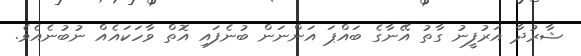
ޝާރުދާ އަރުފީނު ގާތު އޭނާގެ ބައްޕަ އަންނަން ބުނެފައި އޮތް ވާހަކައެއް ނުބުނެއެވެ.